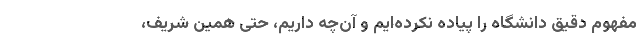
مفهومِ دقیق دانشگاه را پیاده نکرده‌ایم و آن‌چه داریم، حتی همین شریف،